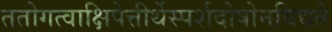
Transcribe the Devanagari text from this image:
ततोगत्वाक्षिपेत्तीर्थेस्पर्शदोषोनविद्यते